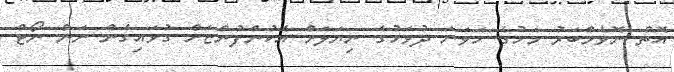
އޮތް ނޮވެމްބަރު މަހުގެ ހަވަނަ ދުވަހުގެ ނިޔަލަށް އެކުންފުންޏަށް ގުޅައިގެން ނަން ނޯޓް